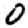
Digit: 0